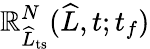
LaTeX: \mathbb{R}_{\widehat{{L}}_{\mathrm{{ts}}}}^{N}(\widehat{{L}},t;t_{f})